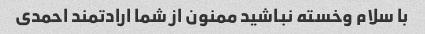
با سلام وخسته نباشید ممنون از شما ارادتمند احمدی